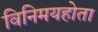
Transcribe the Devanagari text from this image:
विनिमयहोता